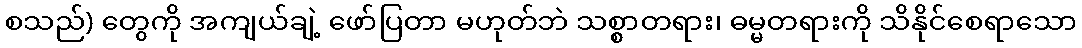
စသည်) တွေကို အကျယ်ချဲ့ ဖော်ပြတာ မဟုတ်ဘဲ သစ္စာတရား၊ ဓမ္မတရားကို သိနိုင်စေရာသော